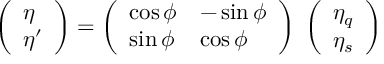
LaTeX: \left( \begin{array} { l } { { \eta } } \\ { { \eta ^ { \prime } } } \end{array} \right) = \left( \begin{array} { l l } { { \cos \phi } } & { { - \sin \phi } } \\ { { \sin \phi } } & { { \cos \phi } } \end{array} \right) \; \left( \begin{array} { l } { { \eta _ { q } } } \\ { { \eta _ { s } } } \end{array} \right)